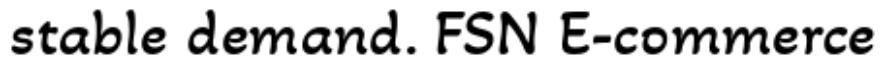
stable demand. FSN E-commerce